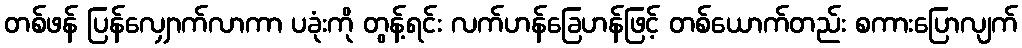
တစ်ဖန် ပြန်လျှောက်လာကာ ပခုံးကို တွန့်ရင်း လက်ဟန်ခြေဟန်ဖြင့် တစ်ယောက်တည်း စကားပြောလျက်